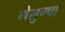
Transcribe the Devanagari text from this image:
गेलुग्पा